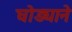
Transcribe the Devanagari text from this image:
घोड्याने